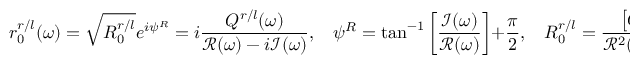
r _ { 0 } ^ { r / l } ( \omega ) = \sqrt { R _ { 0 } ^ { r / l } } e ^ { i \psi ^ { R } } = i \frac { Q ^ { r / l } ( \omega ) } { \mathcal { R } ( \omega ) - i \mathcal { I } ( \omega ) } , \ \ \ \ \psi ^ { R } = \tan ^ { - 1 } \left[ \frac { \mathcal { I } ( \omega ) } { \mathcal { R } ( \omega ) } \right] + \frac { \pi } { 2 } , \ \ \ \ R _ { 0 } ^ { r / l } = \frac { \left[ Q ^ { r / l } ( \omega ) \right] ^ { 2 } } { { \it \mathcal { R } } ^ { 2 } ( \omega ) + { \it \mathcal { I } } ^ { 2 } ( \omega ) } ,